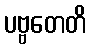
ပဗ္ဗတေတိ